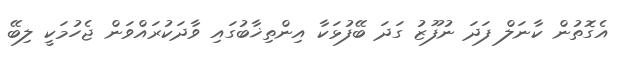
އެގޮތުން ކާނަލް ފަދަ ނުފޫޒު ގަދަ ބޭފުޅަކާ އިންތިޚާބުގައި ވާދަކުރައްވަން ޖެހުމަކީ ލިބޭ